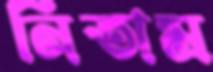
নিতাম